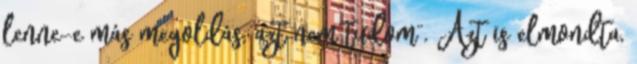
lenne-e más megoldás, azt nem tudom”. Azt is elmondta,